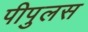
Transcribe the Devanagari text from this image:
पीपुलस